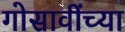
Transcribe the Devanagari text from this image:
गोसावींच्या